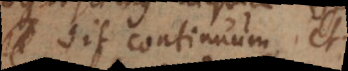
sit continuum, et